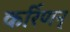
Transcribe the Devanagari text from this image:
कर्रिणन्